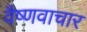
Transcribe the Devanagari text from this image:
वैष्णवाचार